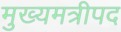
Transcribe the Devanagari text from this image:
मुख्यमत्रीपद